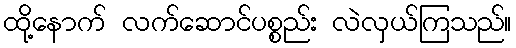
ထို့နောက် လက်ဆောင်ပစ္စည်း လဲလှယ်ကြသည်။